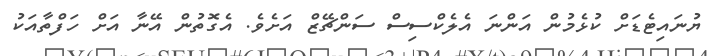
ޔުނައިޓެޑަށް ކުޅެމުން އަންނަ އެލެކްސިސް ސަންޗޭޒް އަށެވެ. އެގޮތުން އޭނާ އަށް ހަފްތާއަކު